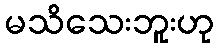
မသိသေးဘူးဟု